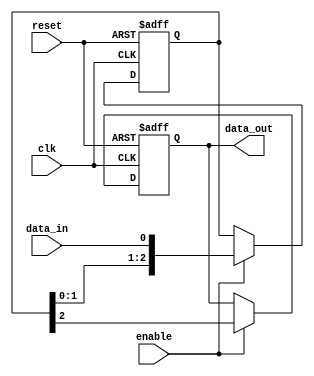
module latch_delay (
    input wire clk,
    input wire reset,
    input wire enable,
    input wire data_in,
    output reg data_out
);

reg [2:0] delay_reg;

always @(posedge clk or posedge reset) begin
    if (reset) begin
        delay_reg <= 3'b0;
        data_out <= 1'b0;
    end else begin
        if (enable) begin
            delay_reg <= {delay_reg[1:0], data_in};
            data_out <= delay_reg[2];
        end
    end
end

endmodule